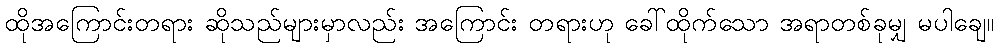
ထိုအကြောင်းတရား ဆိုသည်များမှာလည်း အကြောင်း တရားဟု ခေါ်ထိုက်သော အရာတစ်ခုမျှ မပါချေ။